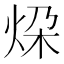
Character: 𪸨